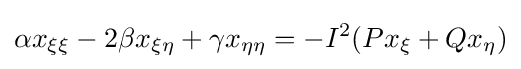
\alpha x_{\xi \xi }-2\beta x_{\xi \eta }+\gamma x_{\eta \eta }=-I^{2}(Px_{\xi }+Qx_{\eta })